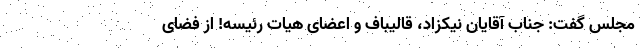
مجلس گفت: جناب آقایان نیکزاد، قالیباف و اعضای هیات رئیسه! از فضای